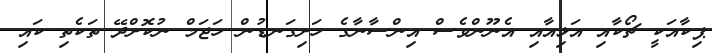
ޕިކާއަކީ ޗޯކާއި އަޅިއާއި އެނޫންވެސް އިންސާނާގެ ހަށިގަނޑުން ހަޖަމް ނުކޮށްދޭ ތަކެތި ކައި